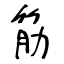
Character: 筋